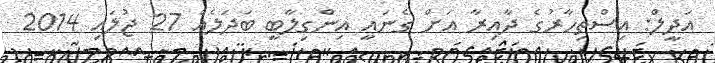
އަދީލް: އިސްތިހާރުގެ ދާއިރާ އަށް ގެނައީ އިންގިލާބީ ބަދަލެއް 27 ޖުލައި 2014